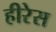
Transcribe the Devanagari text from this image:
हीरेस